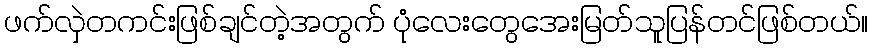
ဖက်လှဲတကင်းဖြစ်ချင်တဲ့အတွက် ပုံလေးတွေအေးမြတ်သူပြန်တင်ဖြစ်တယ်။